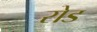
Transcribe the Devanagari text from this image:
रोड